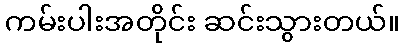
ကမ်းပါးအတိုင်း ဆင်းသွားတယ်။